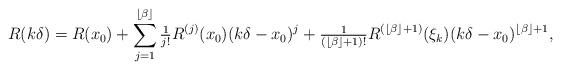
LaTeX: \begin{align*}R(k\delta)=R(x_0)+\sum_{j=1}^{\lfloor\beta\rfloor} \tfrac{1}{j!} R^{(j)}(x_0)(k\delta -x_0)^j + \tfrac{1}{(\lfloor \beta\rfloor +1)!} R^{(\lfloor \beta\rfloor+1)}(\xi_k)(k\delta -x_0)^{\lfloor \beta\rfloor +1},\end{align*}